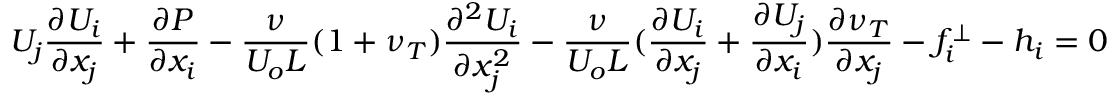
U _ { j } \frac { \partial U _ { i } } { \partial x _ { j } } + \frac { \partial P } { \partial x _ { i } } - \frac { \nu } { U _ { o } L } ( 1 + \nu _ { T } ) \frac { \partial ^ { 2 } U _ { i } } { \partial x _ { j } ^ { 2 } } - \frac { \nu } { U _ { o } L } ( \frac { \partial U _ { i } } { \partial x _ { j } } + \frac { \partial U _ { j } } { \partial x _ { i } } ) \frac { \partial \nu _ { T } } { \partial x _ { j } } - f _ { i } ^ { \perp } - h _ { i } = 0